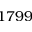
1 7 9 9